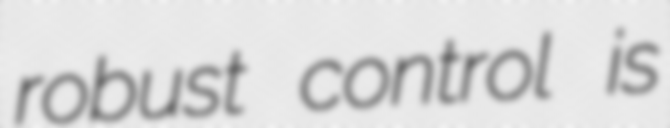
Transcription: robust control is